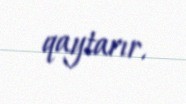
qaytarır.